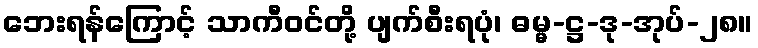
ဘေးရန်ကြောင့် သာကီဝင်တို့ ပျက်စီးရပုံ၊ ဓမ္မ-ဋ္ဌ-ဒု-အုပ်-၂၈။